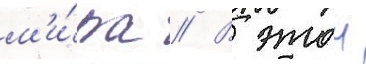
м'и́ра // В этои